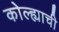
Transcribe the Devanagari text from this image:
कोल्ह्याची